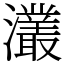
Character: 灇